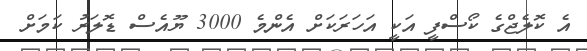
އެ ކޮލެޖްގެ ކޯސްފީ އަކީ އަހަރަކަށް އެންމެ 3000 ޔޫއެސް ޑޮލަރު ކަމަށް